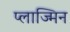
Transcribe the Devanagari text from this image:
प्लाज्मिन